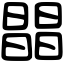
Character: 𣊫